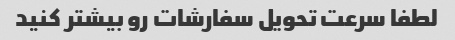
لطفا سرعت تحویل سفارشات رو بیشتر کنید